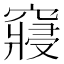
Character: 𥨊